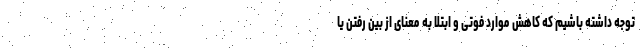
توجه داشته باشیم که کاهش موارد فوتی و ابتلا به معنای از بین رفتن یا